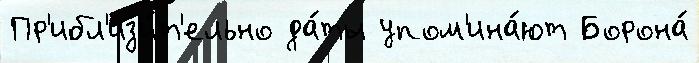
Пр'ибл'из'и́т'ельно да́ты упом'ина́ют Борона́